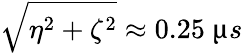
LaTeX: \sqrt{\eta^{2}+\zeta^{2}}\approx 0.25~\upmu s